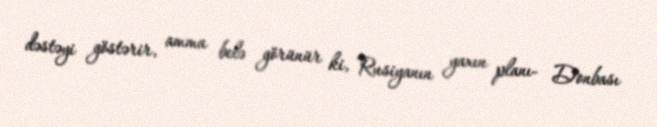
dəstəyi göstərir, amma belə görünür ki, Rusiyanın yaxın planı- Donbası